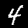
Label: 4